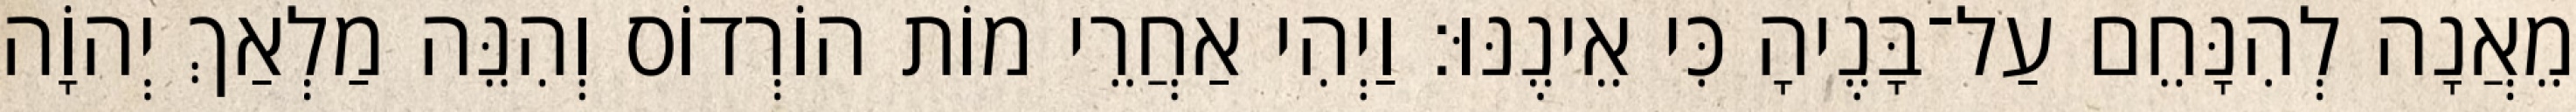
מֵאֲנָה לְהִנָּחֵם עַל־בָּנֶיהָ כִּי אֵינֶנּוּ׃ וַיְהִי אַחֲרֵי מוֹת הוֹרְדוֹס וְהִנֵּה מַלְאַךְ יְהוָֹה